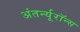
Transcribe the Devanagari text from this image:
अंतर्न्यूरॉन्स